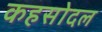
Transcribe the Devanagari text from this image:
कहसोदल